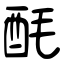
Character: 酕